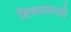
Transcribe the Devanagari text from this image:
विषमावयवो